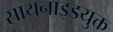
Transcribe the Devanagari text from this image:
सायनाइडयुक्त